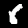
Digit: 6